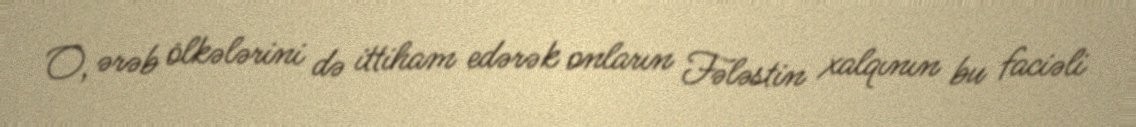
O, ərəb ölkələrini də ittiham edərək onların Fələstin xalqının bu faciəli